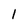
Character: l